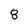
Character: 8